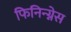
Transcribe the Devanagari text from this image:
फिनिन्ग्नेस